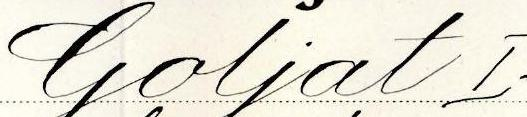
Goljat I